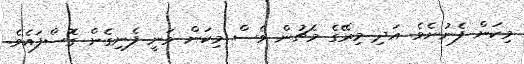
މިކަން ފެނުނެވެ. އަދި މިރޭގެ މެޗުން ވެސް މިކަން ވަނީ ފެނިގެން ގޮސްފައެވެ.